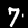
Label: 7